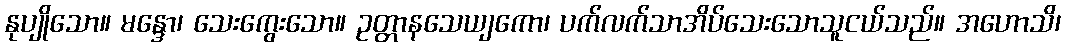
နုပျိုသော။ မန္ဒော၊ သေးကွေးသော။ ဥတ္တာနသေယျကော၊ ပက်လက်သာအိပ်သေးသောသူငယ်သည်။ အဟောသိ၊